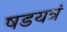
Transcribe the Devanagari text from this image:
षडयत्रं